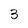
Character: 3